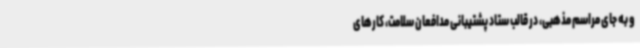
و به جای مراسم مذهبی، در قالب ستاد پشتیبانی مدافعان سلامت، کارهای